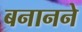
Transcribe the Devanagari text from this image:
बनानने